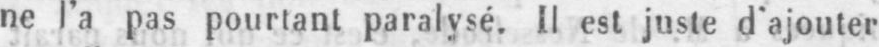
ne l’a pas pourtant paralysé. Il est juste d’ajouter